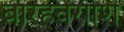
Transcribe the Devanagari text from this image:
बारहवेंराशि